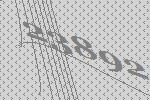
23892